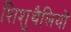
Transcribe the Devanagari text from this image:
शिशुथैलियों